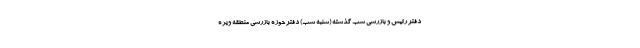
دفتر رئیس و بازرسی شب گذشته (شنبه شب) دفتر حوزه بازرسی منطقه ویژه